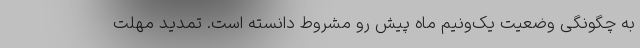
به چگونگی وضعیت یک‌ونیم ماه پیش‌ رو مشروط دانسته است. تمدید مهلت